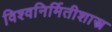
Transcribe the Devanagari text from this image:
विश्वनिर्मितीशास्त्र